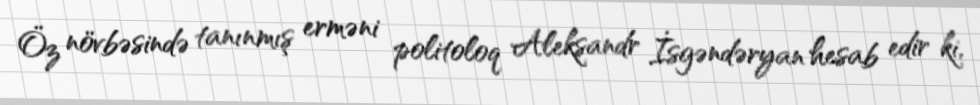
Öz növbəsində tanınmış erməni politoloq Aleksandr İsgəndəryan hesab edir ki,